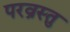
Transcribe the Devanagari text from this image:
परव्रस्तु